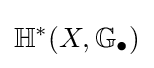
\mathbb {H} ^{*}(X,\mathbb {G} _{\bullet })